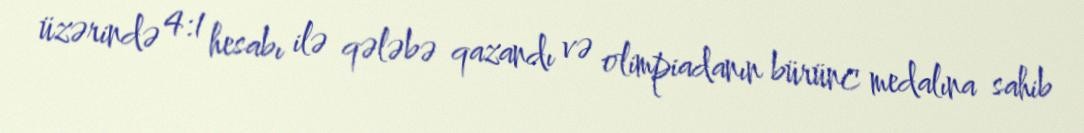
üzərində 4:1 hesabı ilə qələbə qazandı və olimpiadanın bürünc medalına sahib